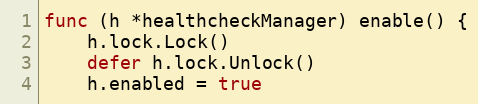
Language: Go
func (h *healthcheckManager) enable() {
	h.lock.Lock()
	defer h.lock.Unlock()
	h.enabled = true